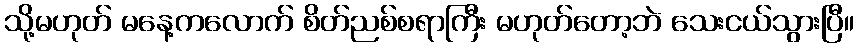
သို့မဟုတ် မနေ့ကလောက် စိတ်ညစ်စရာကြီး မဟုတ်တော့ဘဲ သေးငယ်သွားပြီ။